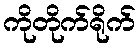
ကိုတိုက်ရိုက်